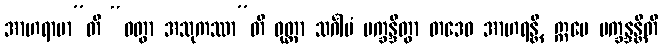
အာဟရာမာ”တိ “ဝတွာ အသုကဿာ”တိ ဝုတ္တာ သင်္ဂါမံ ပက္ခန္ဒိတွာ တဒေဝ အာဟရန္တိ, ဣမေ ပက္ခန္ဒန္တီတိ